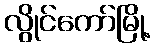
လွိုင်ကော်မြို့